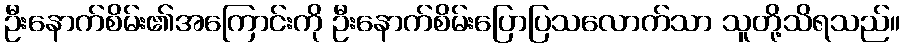
ဦးနောက်စိမ်း၏အကြောင်းကို ဦးနောက်စိမ်းပြောပြသလောက်သာ သူတို့သိရသည်။